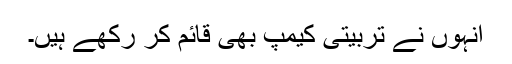
انہوں نے تربیتی کیمپ بھی قائم کر رکھے ہیں۔